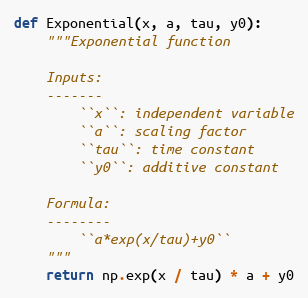
Language: Python
def Exponential(x, a, tau, y0):
    """Exponential function

    Inputs:
    -------
        ``x``: independent variable
        ``a``: scaling factor
        ``tau``: time constant
        ``y0``: additive constant

    Formula:
    --------
        ``a*exp(x/tau)+y0``
    """
    return np.exp(x / tau) * a + y0